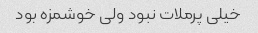
خیلی پرملات نبود ولی خوشمزه بود